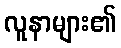
လူနာများ၏